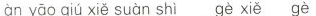
àn yāo qiú xiě suàn shì gè xiě gè